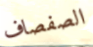
الصفصاف